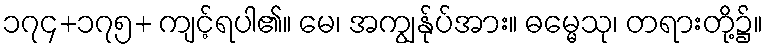
၁၇၄+၁၇၅+ ကျင့်ရပါ၏။ မေ၊ အကျွန်ုပ်အား။ ဓမ္မေသု၊ တရားတို့၌။